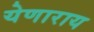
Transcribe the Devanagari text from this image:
येणाराय